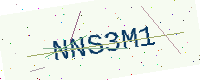
Text: NNS3M1